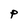
Character: P